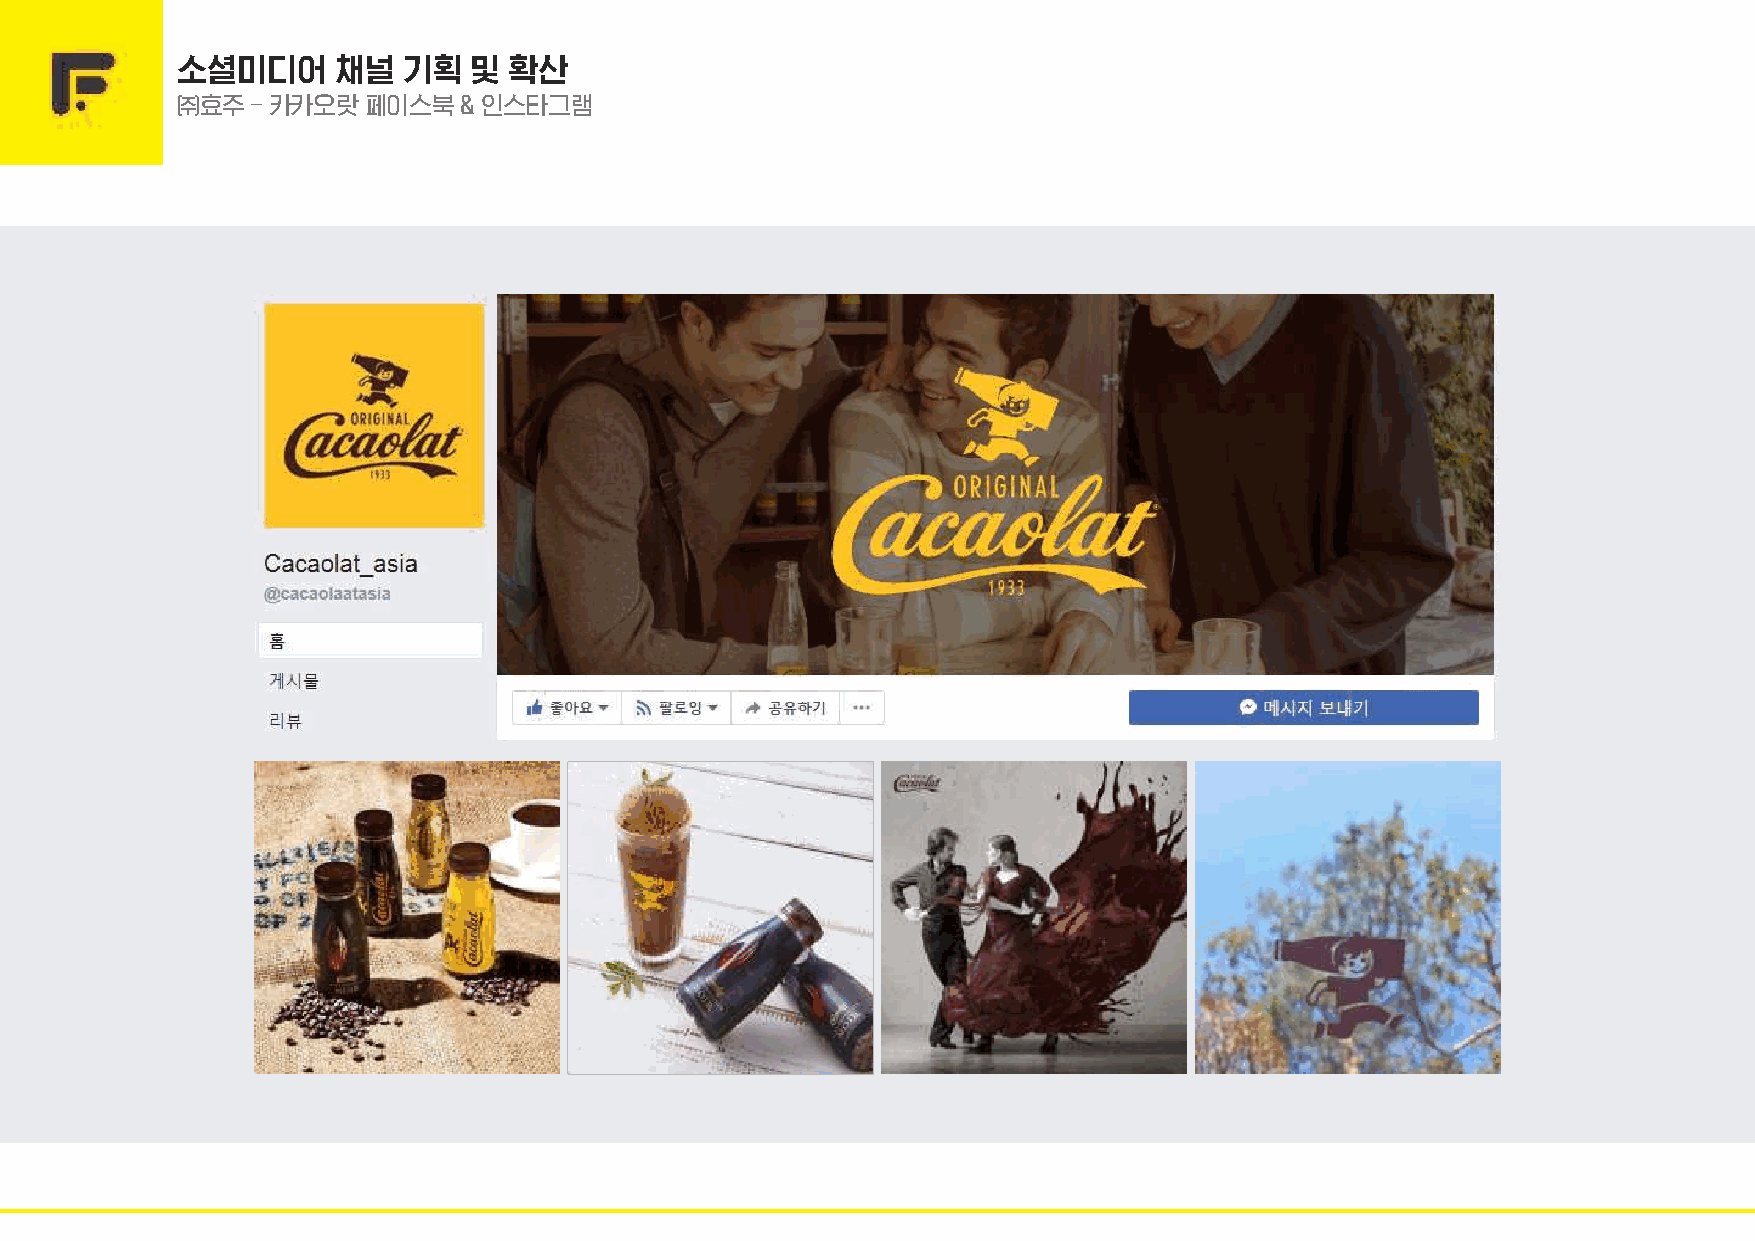
25       소셜미디어     채널   기획  및  확산
 ㈜효주  – 카카오랏 페이스북  & 인스타그램